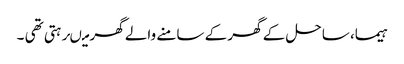
ہیما، ساحل کے گھر کے سامنے والے گھر میںرہتی تھی ۔